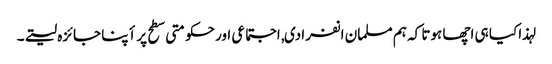
لہذا کیا ہی اچھا ہوتا کہ ہم مسلمان انفرادی, اجتماعی اور حکومتی سطح پر أپنا جائزہ لیتے۔